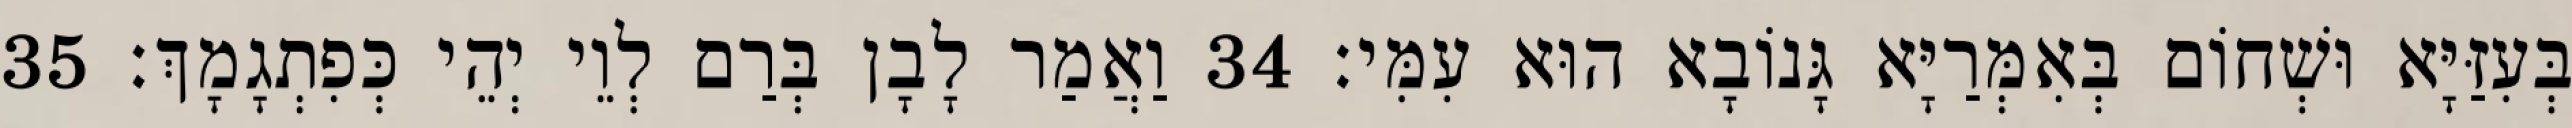
בְּעִזַּיָּא וּשְׁחוֹם בְּאִמְּרַיָּא גָּנוֹבָא הוּא עִמִּי׃ 34 וַאֲמַר לָבָן בְּרַם לְוֵי יְהֵי כְּפִתְגָמָךְ׃ 35